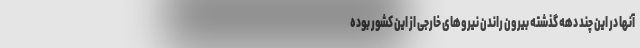
آنها در این چند دهه گذشته بیرون راندن نیروهای خارجی از این کشور بوده